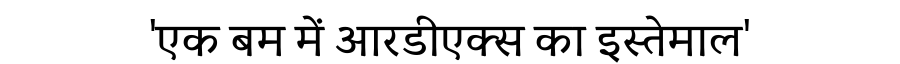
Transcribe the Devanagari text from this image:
'एक बम में आरडीएक्स का इस्तेमाल'